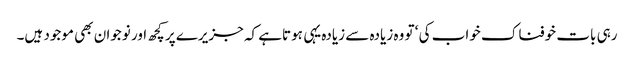
رہی بات خوفناک خواب کی ‘ تو وہ زیادہ سے زیادہ یہی ہوتاہے کہ جزیرے پر کچھ اور نوجوان بھی موجود ہیں۔